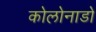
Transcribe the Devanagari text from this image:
कोलोनाडो